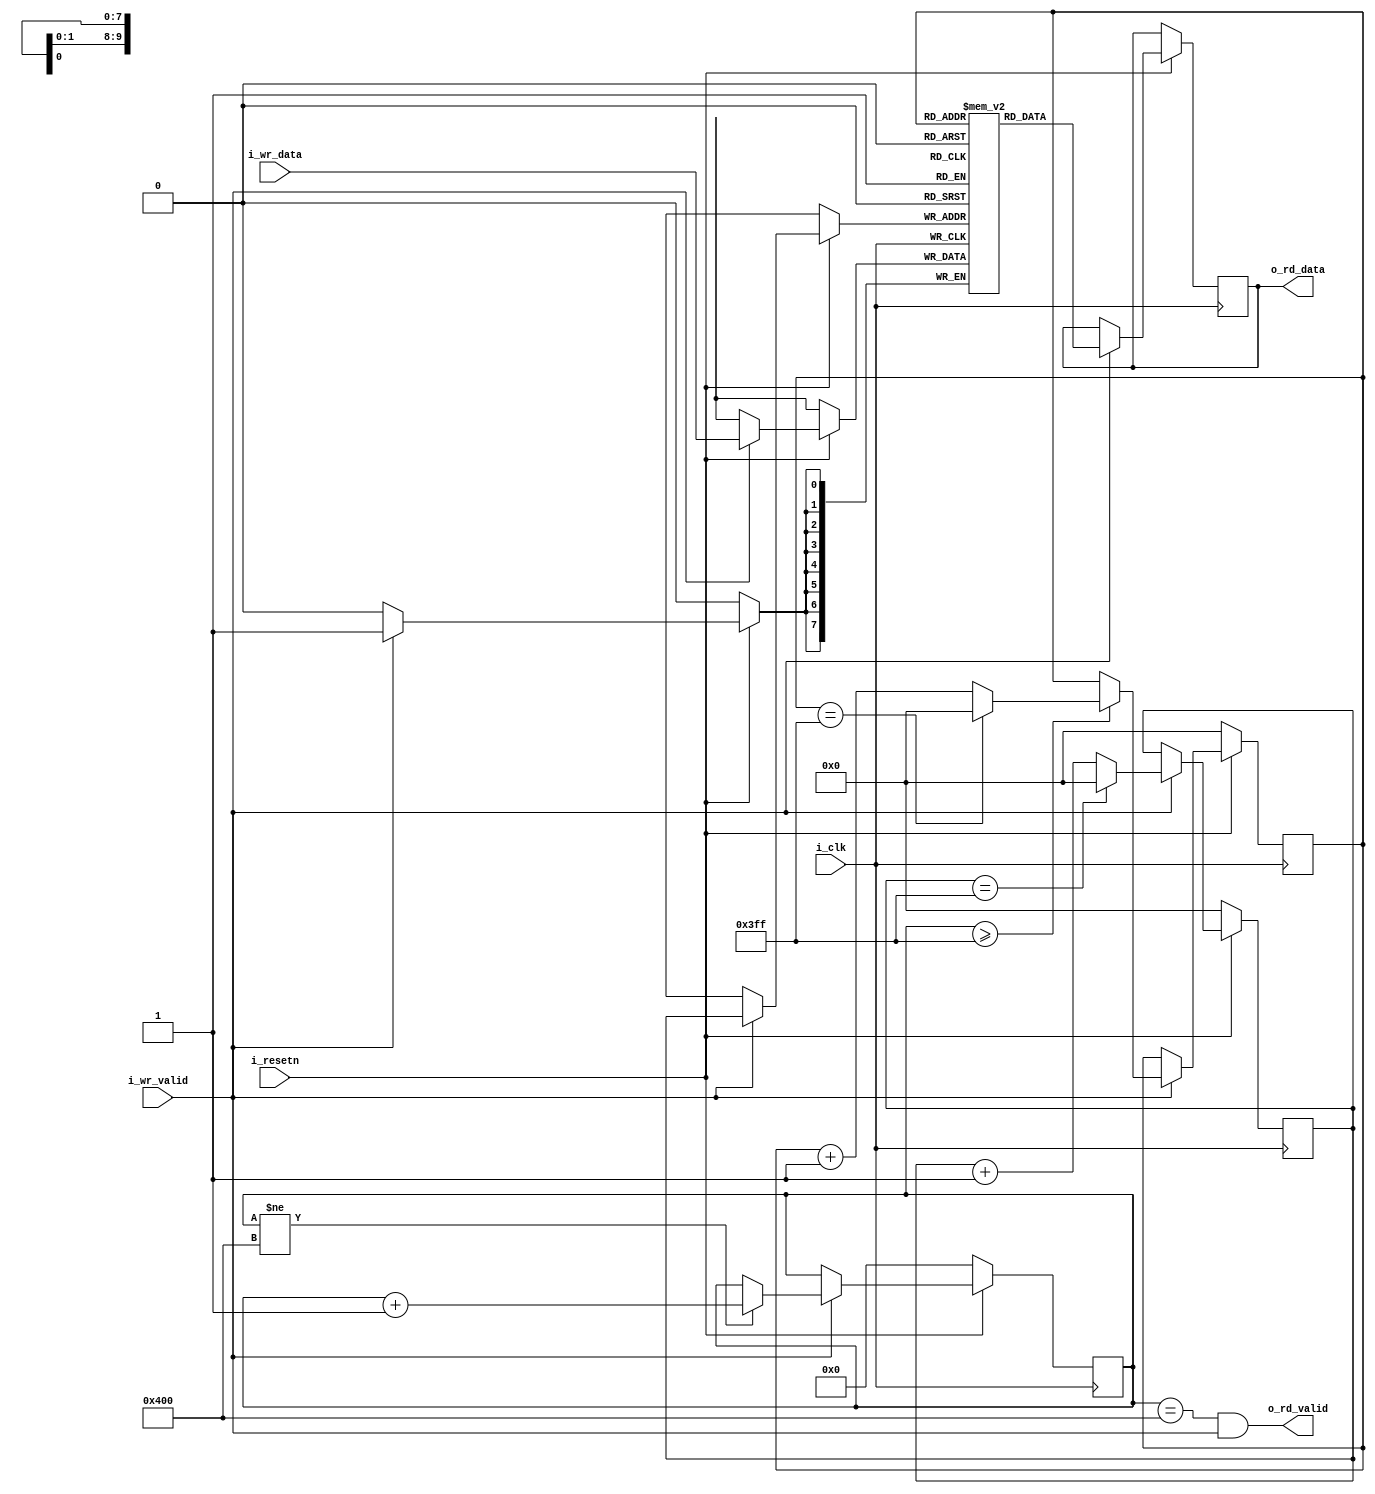
`timescale 1ns/1ps

module LineBuffer #(parameter DEPTH = 1024, WIDTH = 8) (
    input                   i_clk,
    input                   i_resetn,
    input                   i_wr_valid,
    input [WIDTH-1:0]       i_wr_data,
    output                  o_rd_valid,
    output reg [WIDTH-1:0]  o_rd_data);

    reg [$clog2(DEPTH)-1:0] r_wr_addr, r_rd_addr;
    reg [$clog2(DEPTH):0] r_count; // one extra bit
    
    // the actual buffer
    reg [WIDTH-1:0] r_buf[DEPTH-1:0];

    always @ (posedge i_clk) begin
        if (!i_resetn) begin
            // synchronous reset logic
            r_count <= 0;
            r_wr_addr <= 0;
            r_rd_addr <= 0;
        end
        else begin
            if (i_wr_valid) begin
                // write data
                r_buf[r_wr_addr] <= i_wr_data;

                // update write address
                if (r_wr_addr == DEPTH-1)
                    r_wr_addr <= 0;
                else
                    r_wr_addr <= r_wr_addr + 1;

                // update read address
                if (r_count >= DEPTH-1) begin
                    if (r_rd_addr == DEPTH-1)
                        r_rd_addr <= 0;
                    else
                        r_rd_addr <= r_rd_addr + 1;
                end

                // update count
                if (r_count != DEPTH) begin
                    r_count <= r_count + 1;
                end
                
                // read data
                o_rd_data <= r_buf[r_rd_addr];
            end
        end
    end

    assign o_rd_valid = (r_count == DEPTH) && i_wr_valid;


endmodule